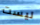
ليست